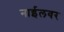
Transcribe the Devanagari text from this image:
नाईलवर